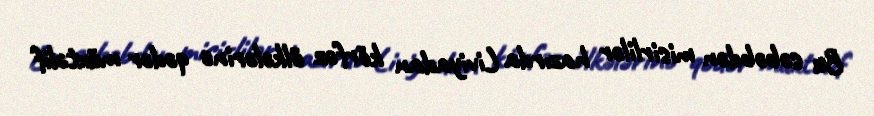
Bu səbəbdən misirlilər hazırda Liviyadan körfəz ölkələrinə qədər müxtəlif